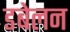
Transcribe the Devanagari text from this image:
डबेलन